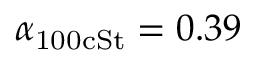
\alpha _ { \mathrm { 1 0 0 c S t } } = 0 . 3 9